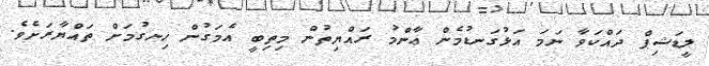
ލީޑަޝިޕް ދައްކަވާ ނަމަ އަޅުގަނޑުމެން ޢާންމު ރައްޔިތުން މިތިބީ އެމަގުން ހިނގުމަށް ތައްޔާރަށެވެ.